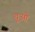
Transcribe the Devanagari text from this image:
चूओ